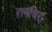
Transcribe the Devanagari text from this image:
रानचिरा